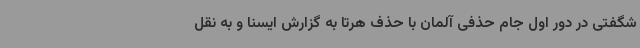
شگفتی در دور اول جام حذفی آلمان با حذف هرتا به گزارش ایسنا و به نقل